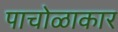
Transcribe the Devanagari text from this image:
पाचोळाकार